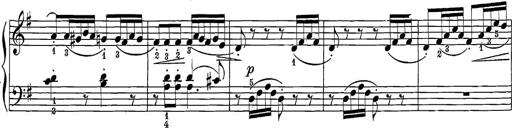
Title: 12 Sonatine per Pianoforte
Composer: Friedrich Kuhlau